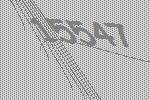
15547